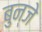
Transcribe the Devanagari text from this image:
बुन्जे